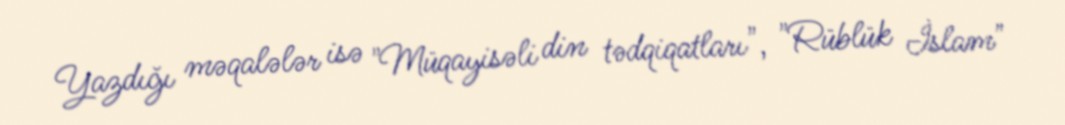
Yazdığı məqalələr isə "Müqayisəli din tədqiqatları", "Rüblük İslam"